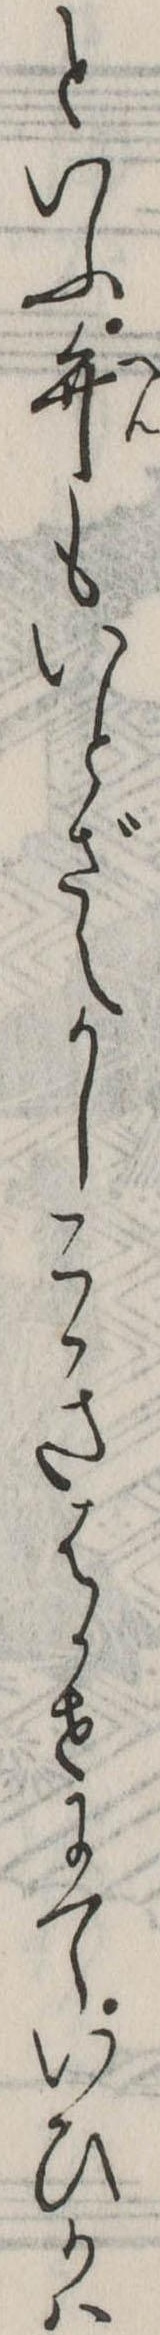
といふ弁もいとざえかしこきはかせにていひかは